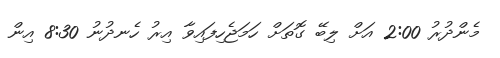
މެންދުރު 2:00 އަށް ލިބޭ ގޮތަށް ހަމަޖެހިފައިވާ އިރު ހެނދުނު 8:30 އިން